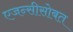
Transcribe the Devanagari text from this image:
एजन्सीसोबत